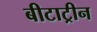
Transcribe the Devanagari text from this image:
बीटाट्रीन